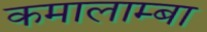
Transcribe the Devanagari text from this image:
कमालाम्बा